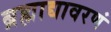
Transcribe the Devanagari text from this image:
ब्रह्माद्यावरणं